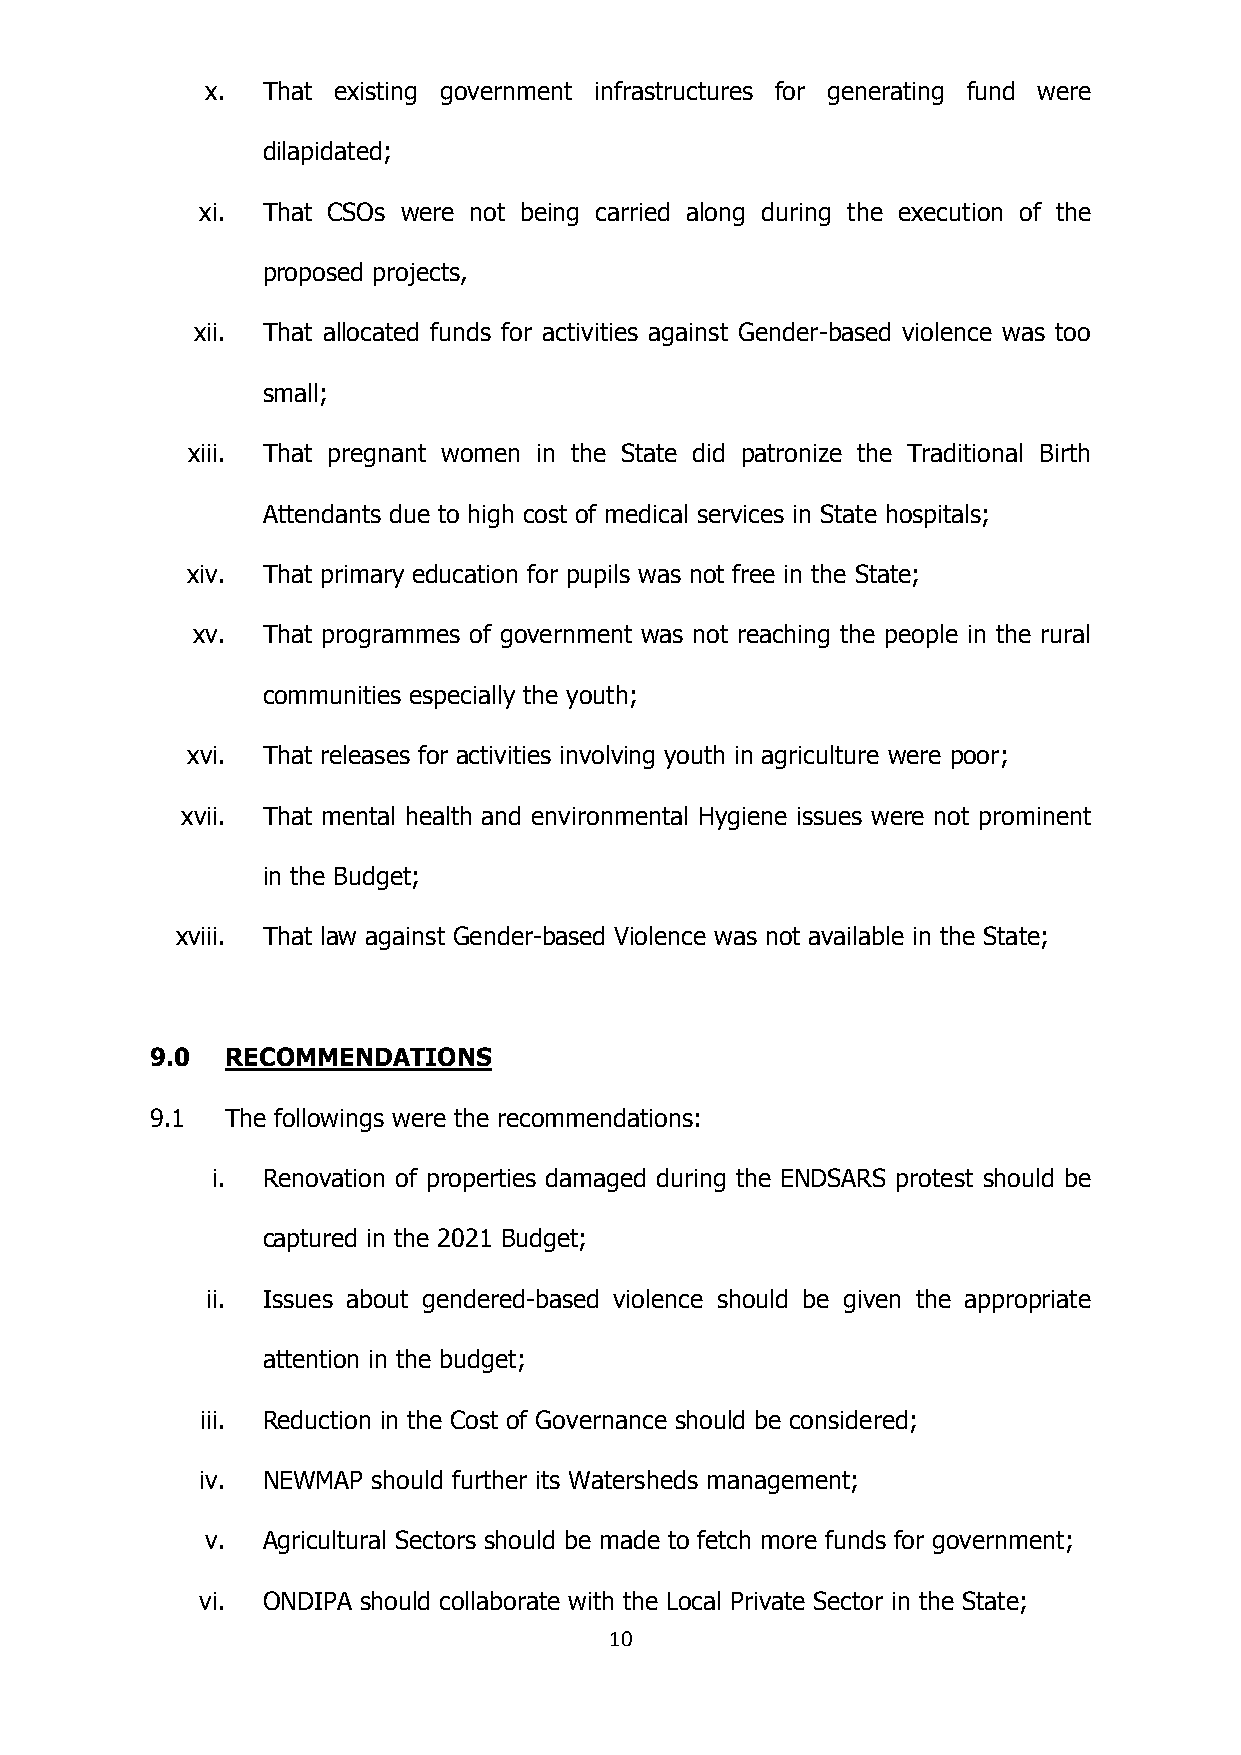
x. That existing government infrastructures for generating fund were
 dilapidated;
 xi. That CSOs were not being carried along during the execution of the
 proposed projects,
 xii. That allocated funds for activities against Gender-based violence was too
 small;
 xiii. That pregnant women in the State did patronize the Traditional Birth
 Attendants due to high cost of medical services in State hospitals;
 xiv. That primary education for pupils was not free in the State;
 xv. That programmes of government was not reaching the people in the rural
 communities especially the youth;
 xvi. That releases for activities involving youth in agriculture were poor;
 xvii. That mental health and environmental Hygiene issues were not prominent
 in the Budget;
 xviii. That law against Gender-based Violence was not available in the State;
 9.0  RECOMMENDATIONS
 9.1  The followings were the recommendations:
 i. Renovation of properties damaged during the ENDSARS protest should be
 captured in the 2021 Budget;
 ii. Issues about gendered-based violence should be given the appropriate
 attention in the budget;
 iii. Reduction in the Cost of Governance should be considered;
 iv. NEWMAP  should further its Watersheds management;
 v. Agricultural Sectors should be made to fetch more funds for government;
 vi. ONDIPA should collaborate with the Local Private Sector in the State;
 10